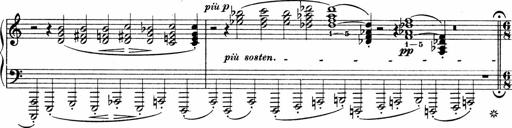
Title: Sonatina No.4
Composer: Abram Kimmell
Key: E minor